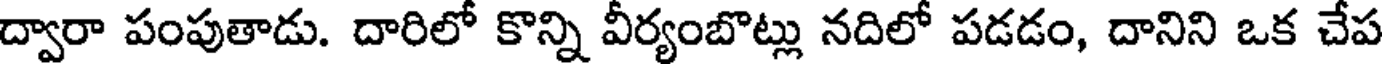
ద్వారా పంపుతాడు. దారిలో కొన్ని వీర్యంబొట్లు నదిలో పడడం, దానిని ఒక చేప